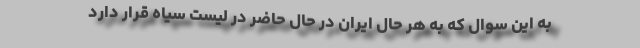
به این سوال که به هر حال ایران در حال حاضر در لیست سیاه قرار دارد